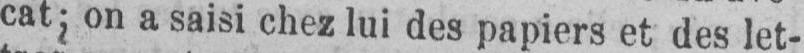
cat- on a saisi chez lui des papiers et des let-